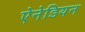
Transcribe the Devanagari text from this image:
ऐनेडियन